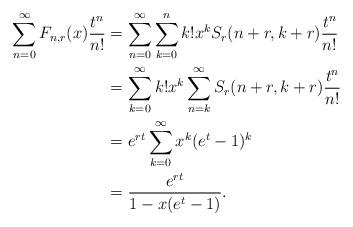
LaTeX: \begin{align*}\sum_{n=0}^\infty F_{n,r}(x)\frac{t^n}{n!}&=\sum_{n=0}^\infty \sum_{k=0}^nk!x^kS_r(n+r,k+r)\frac{t^n}{n!}\\&=\sum_{k=0}^\infty k!x^k\sum_{n=k}^\infty S_r(n+r,k+r)\frac{t^n}{n!}\\&=e^{rt}\sum_{k=0}^\infty x^k(e^t-1)^k\\&=\frac{e^{rt}}{1-x(e^t-1)}.\end{align*}